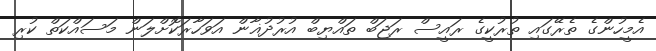
އެމީހުންގެ ތެރޭގައި ތުރުކީގެ ރައީސް ރަޖަބް ތައްޔިބް އުރުދުޣާން އަވަހާރަކޮށްލަން މަސައްކަތް ކުރި